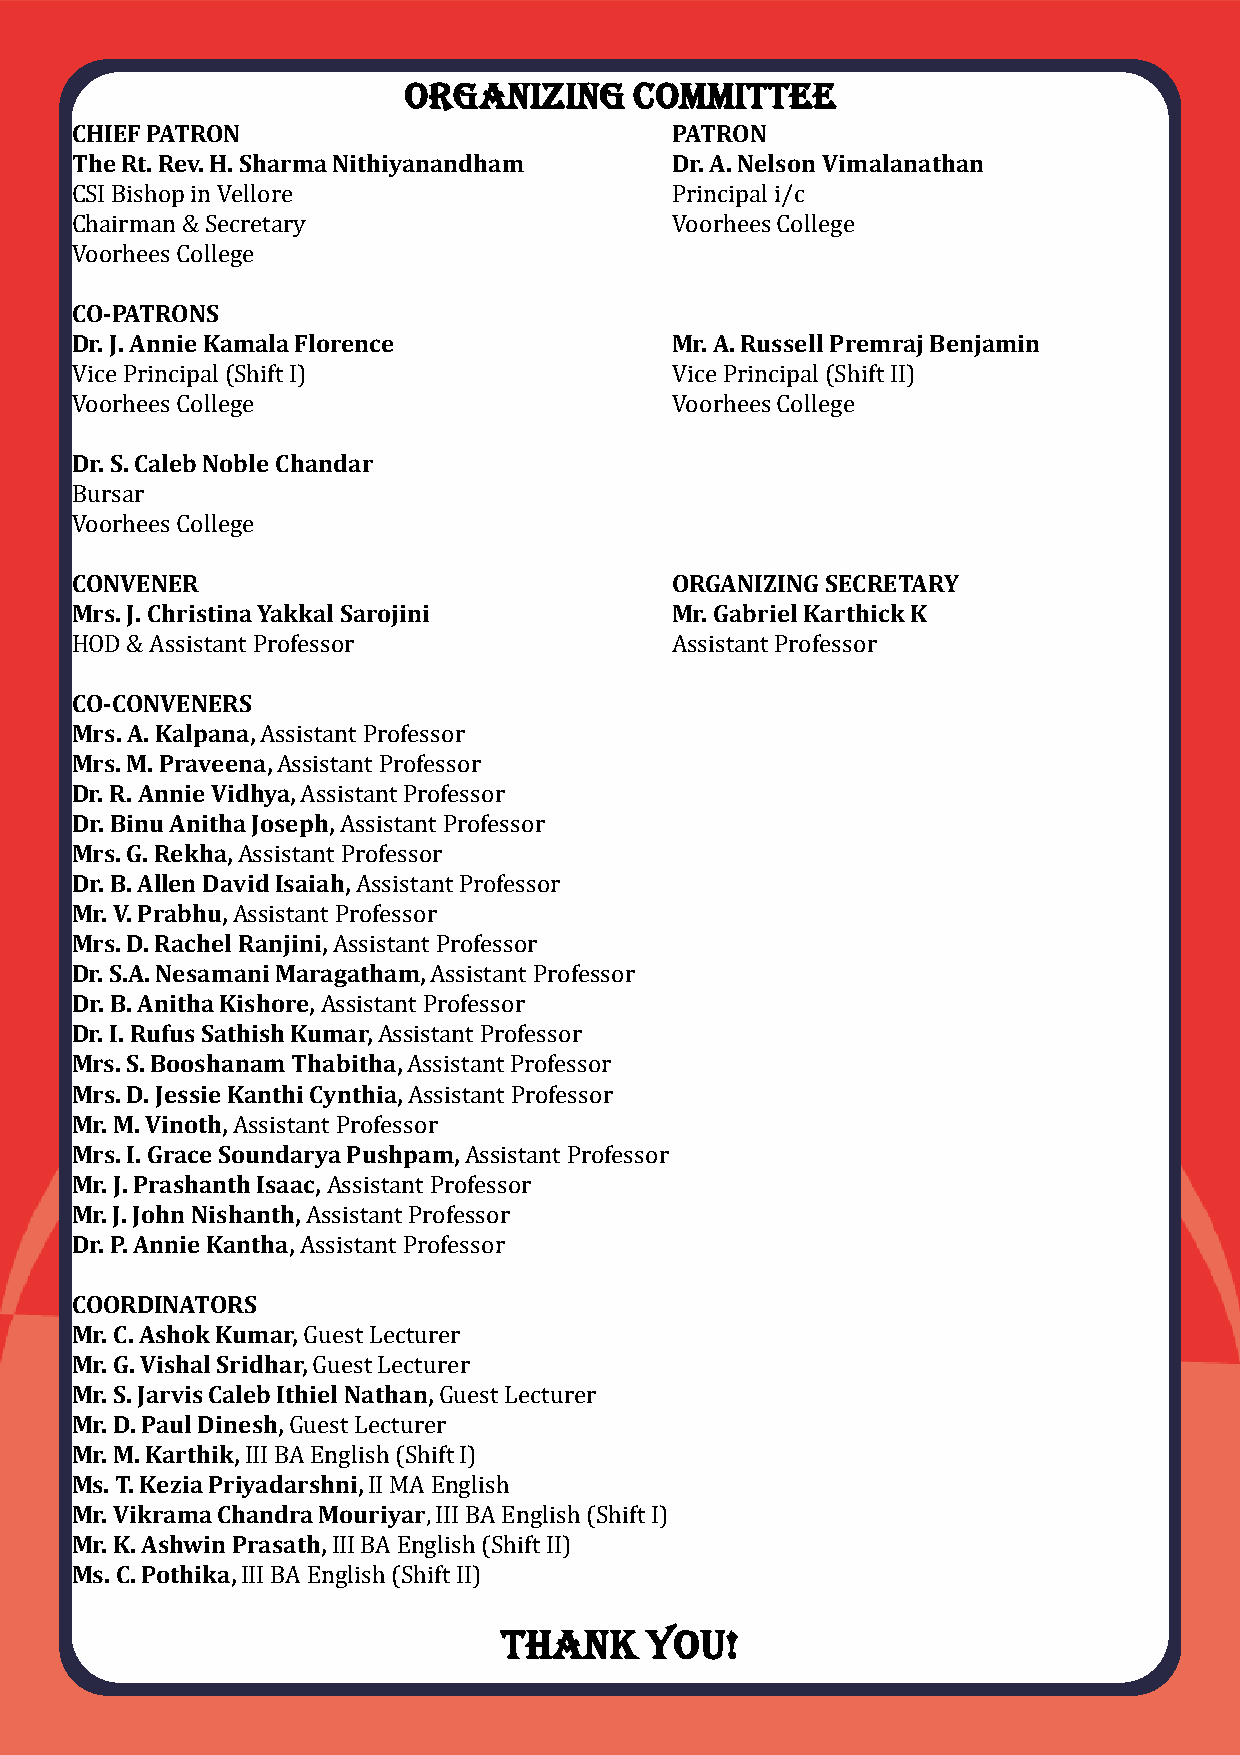
ORGANIZING     COMMITTEE
 CHIEF PATRON                           PATRON
 The Rt. Rev. H. Sharma Nithiyanandham  Dr. A. Nelson Vimalanathan
 CSI Bishop in Vellore                  Principal i/c
 Chairman & Secretary                   Voorhees College
 Voorhees College
 CO-PATRONS
 Dr. J. Annie Kamala Florence           Mr. A. Russell PremrajBenjamin
 Vice Principal (Shift I)               Vice Principal (Shift II)
 Voorhees College                       Voorhees College
 Dr. S. Caleb Noble Chandar
 Bursar
 Voorhees College
 CONVENER                               ORGANIZING SECRETARY
 Mrs. J. Christina Yakkal Sarojini      Mr. Gabriel Karthick K
 HOD & Assistant Professor              Assistant Professor
 CO-CONVENERS
 Mrs. A. Kalpana, Assistant Professor
 Mrs. M. Praveena, Assistant Professor
 Dr. R. Annie Vidhya, Assistant Professor
 Dr. Binu Anitha Joseph, Assistant Professor
 Mrs. G. Rekha, Assistant Professor
 Dr. B. Allen David Isaiah, Assistant Professor
 Mr. V. Prabhu, Assistant Professor
 Mrs. D. Rachel Ranjini, Assistant Professor
 Dr. S.A. Nesamani Maragatham, Assistant Professor
 Dr. B. Anitha Kishore, Assistant Professor
 Dr. I. Rufus Sathish Kumar, Assistant Professor
 Mrs. S. Booshanam Thabitha, Assistant Professor
 Mrs. D. Jessie Kanthi Cynthia, Assistant Professor
 Mr. M. Vinoth, Assistant Professor
 Mrs. I. Grace Soundarya Pushpam, Assistant Professor
 Mr. J. Prashanth Isaac, Assistant Professor
 Mr. J. John Nishanth, Assistant Professor
 Dr. P. Annie Kantha, Assistant Professor
 COORDINATORS
 Mr. C. Ashok Kumar, Guest Lecturer
 Mr. G. Vishal Sridhar, Guest Lecturer
 Mr. S. Jarvis Caleb Ithiel Nathan, Guest Lecturer
 Mr. D. Paul Dinesh, Guest Lecturer
 Mr. M. Karthik, III BA English (Shift I)
 Ms. T. Kezia Priyadarshni, II MA English
 Mr. Vikrama Chandra Mouriyar, III BA English (Shift I)
 Mr. K. Ashwin Prasath, III BA English (Shift II)
 Ms. C. Pothika, III BA English (Shift II)
 THANK     YOU!